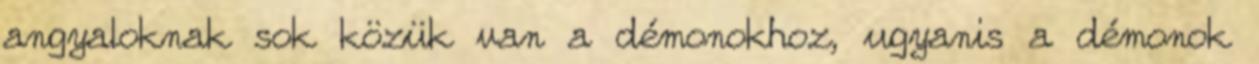
angyaloknak sok közük van a démonokhoz, ugyanis a démonok